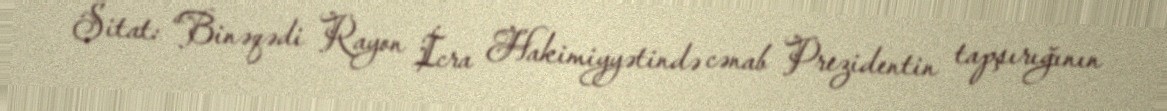
Sitat: “Binəqədi Rayon İcra Hakimiyyətində cənab Prezidentin tapşırığının